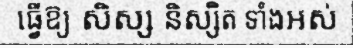
ធ្វើឱ្យ សិស្ស និស្សិត ទាំងអស់